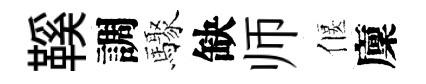
鞵調驟缺师偃廩